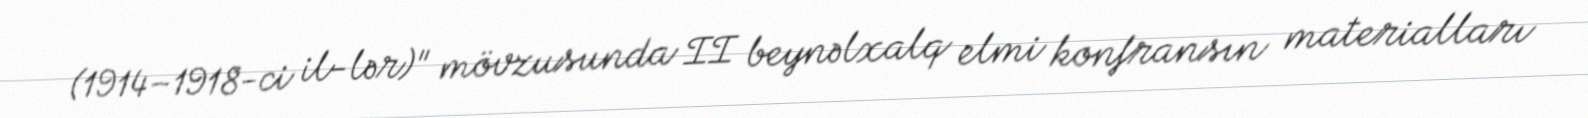
(1914–1918-ci il-lər)" mövzusunda II beynəlxalq elmi konfransın materialları